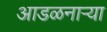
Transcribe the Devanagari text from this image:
आडळनाऱ्या